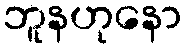
ဘူနဟုနော